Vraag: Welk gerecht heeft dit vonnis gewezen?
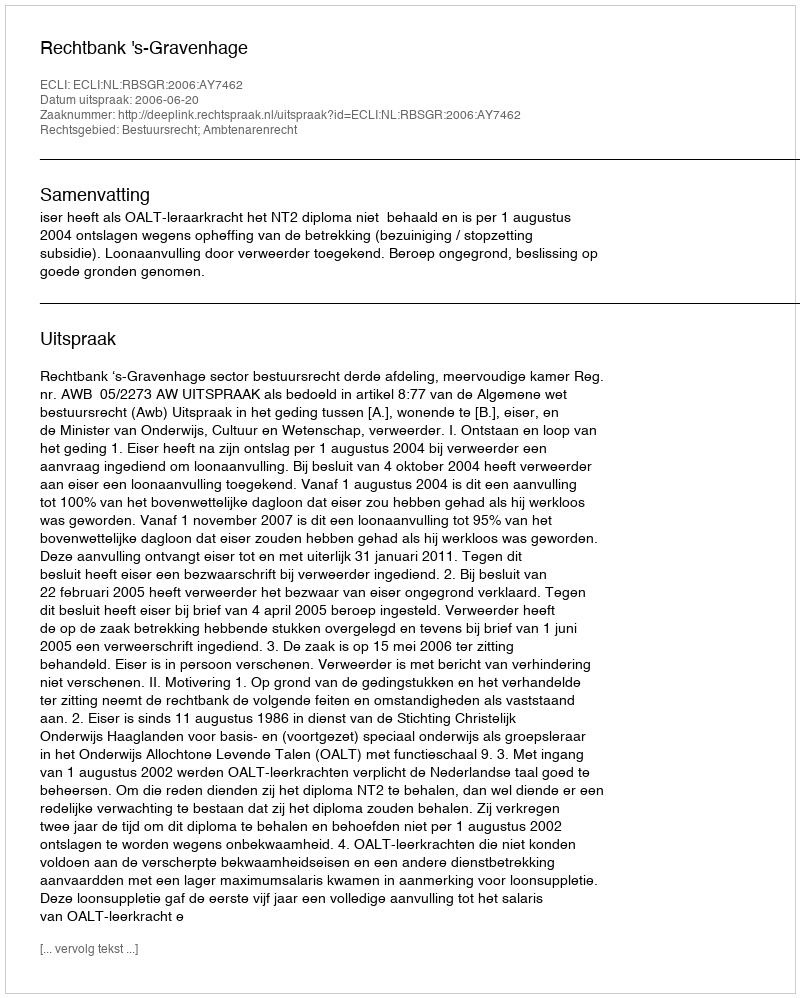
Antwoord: Rechtbank 's-Gravenhage